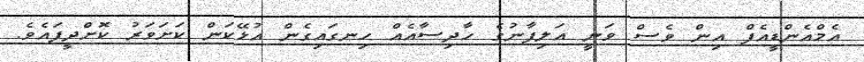
އެމްއެންޑީއެފް އިން ވެސް ވަނީ އަލިފާނުގެ ހާދިސާއެއް ހިނގައިގެން އުޅޭކަން ކަށަވަރު ކޮށްދީފައެވެ.